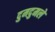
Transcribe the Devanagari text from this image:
दुमदुमले